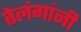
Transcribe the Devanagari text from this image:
तेलंगांनी